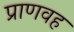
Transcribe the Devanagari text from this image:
प्राणवह